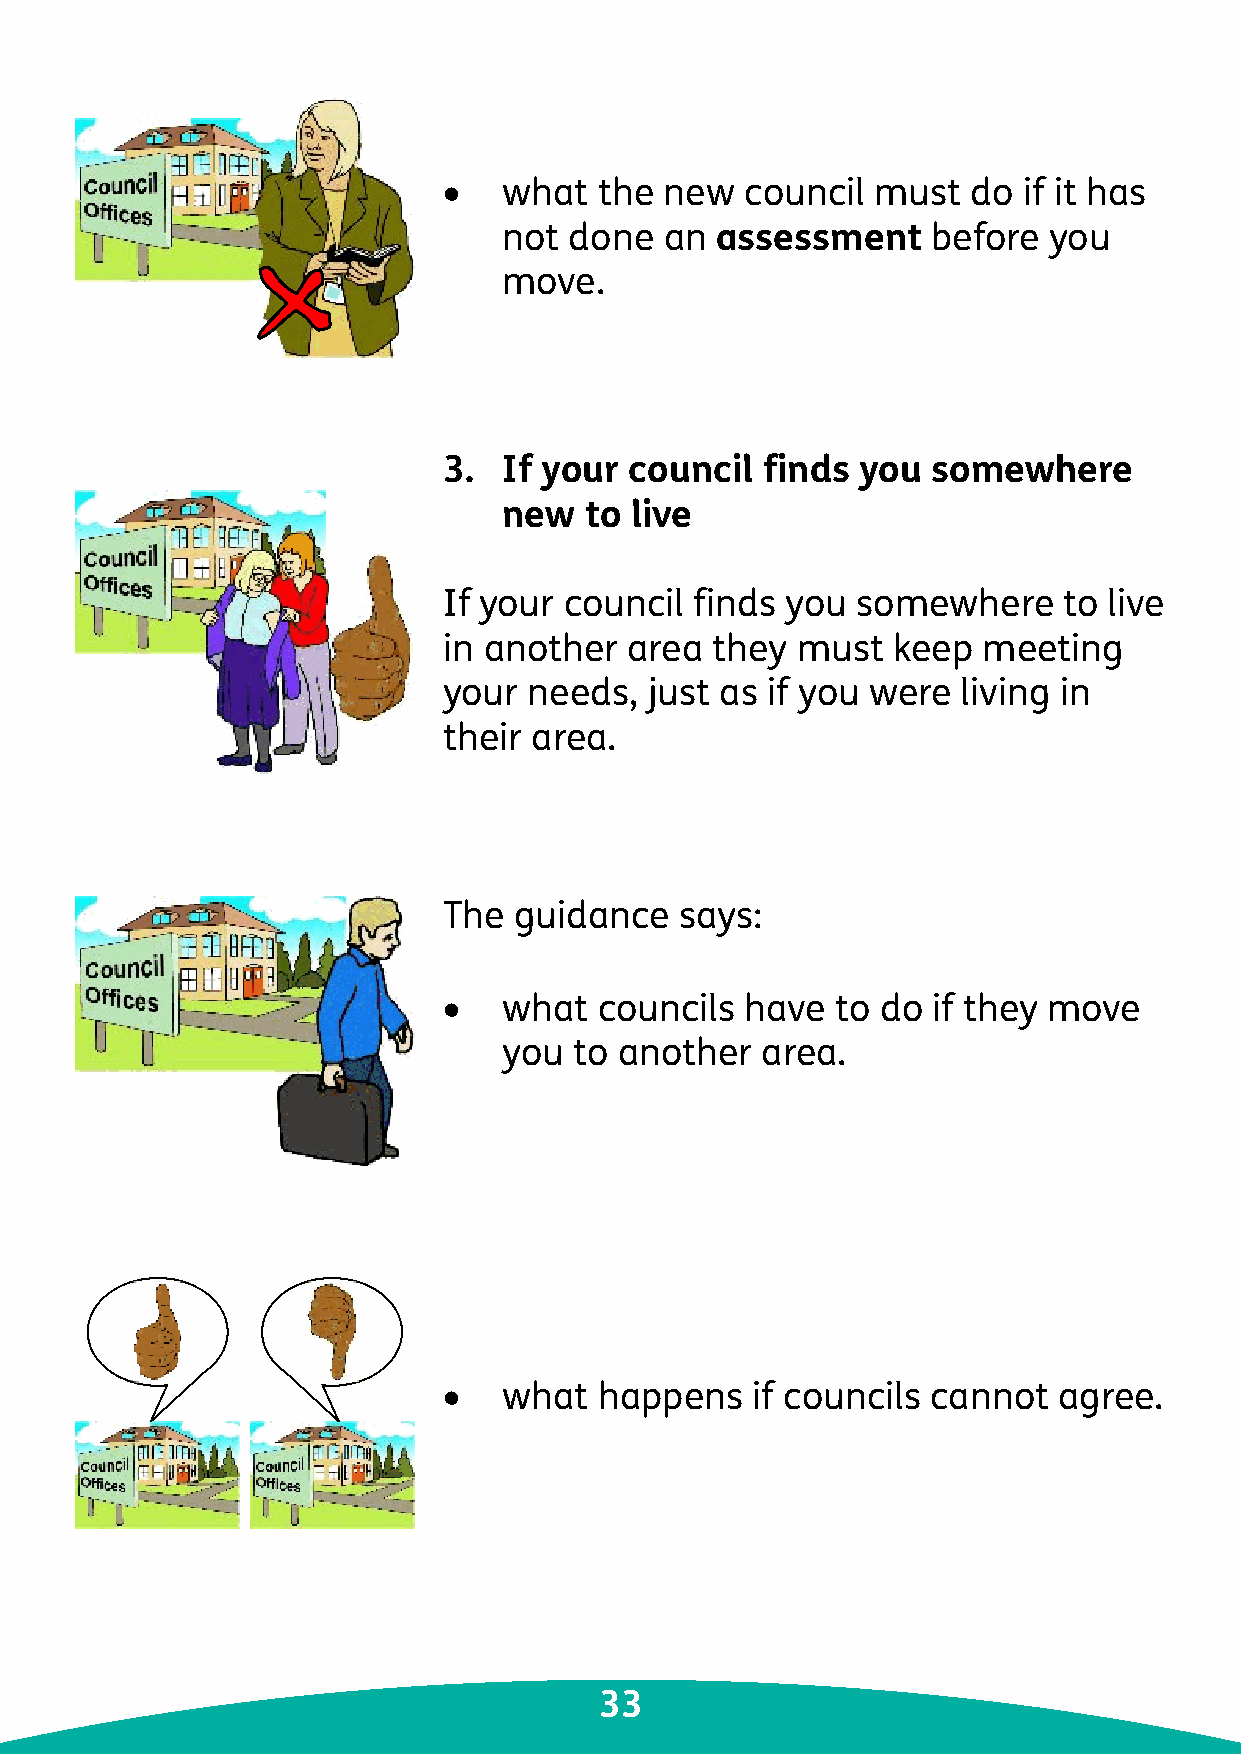
•   what   the new  council  must  do  if it has
 not  done  an assessment     before you
 move.
 3.  If your  council finds  you  somewhere
 new   to live
 If your council  finds you  somewhere    to live
 in another  area  they  must  keep  meeting
 your  needs,  just as if you were  living in
 their area.
 The  guidance   says:
 •   what   councils have  to do  if they move
 you  to another  area.
 •   what   happens   if councils cannot  agree.
 33